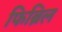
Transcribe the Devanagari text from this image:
फिब्रिल